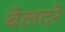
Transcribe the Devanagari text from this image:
बेलदरे